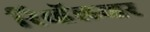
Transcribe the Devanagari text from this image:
रिव्हॅल्व्हर